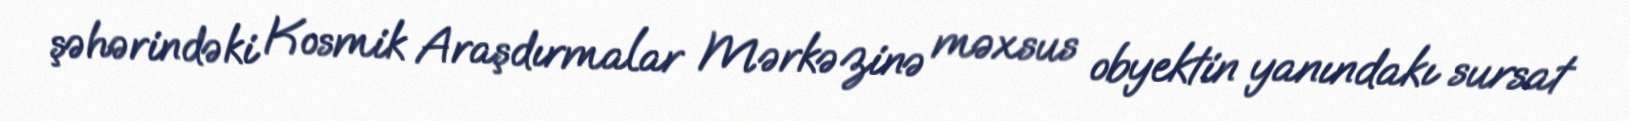
şəhərindəki Kosmik Araşdırmalar Mərkəzinə məxsus obyektin yanındakı sursat